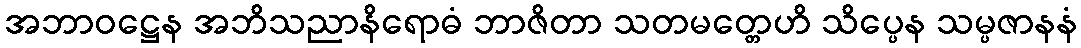
အဘာဝဋ္ဌေန အဘိသညာနိရောဓံ ဘာဇိတာ သတမတ္တေဟိ သိပ္ပေန သမ္ပဇာနနံ